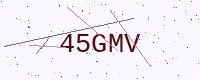
Text: 45GMV